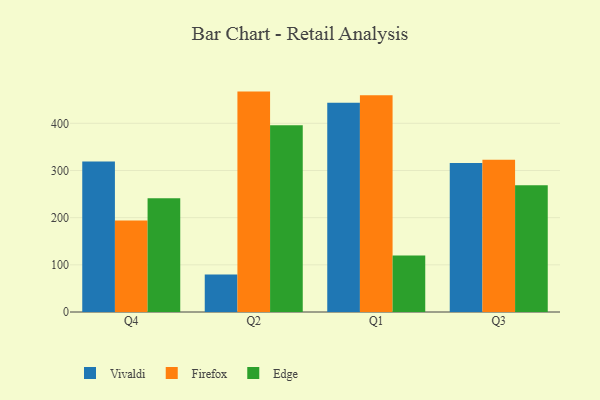
{"axis": {"x": "Quarter", "y": "Waste Production (Tons)"}, "legend": ["Edge", "Firefox", "Vivaldi"], "data": [{"x": "Q4", "y": 319.1, "type": "Vivaldi"}, {"x": "Q4", "y": 194.1, "type": "Firefox"}, {"x": "Q4", "y": 241.3, "type": "Edge"}, {"x": "Q2", "y": 79.4, "type": "Vivaldi"}, {"x": "Q2", "y": 467.2, "type": "Firefox"}, {"x": "Q2", "y": 395.8, "type": "Edge"}, {"x": "Q1", "y": 443.4, "type": "Vivaldi"}, {"x": "Q1", "y": 459.7, "type": "Firefox"}, {"x": "Q1", "y": 119.9, "type": "Edge"}, {"x": "Q3", "y": 316.1, "type": "Vivaldi"}, {"x": "Q3", "y": 322.9, "type": "Firefox"}, {"x": "Q3", "y": 268.8, "type": "Edge"}]}